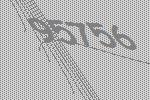
95756